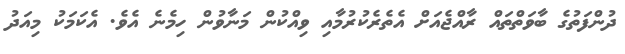
ދުންފަތުގެ ބާވަތްތައް ރާއްޖެއަށް އެތެރެކުރުމާއި ވިއްކުން މަނާވުން ހިމެނެ އެވެ. އެކަމަކު މިއަދު